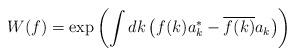
LaTeX: \begin{align*}W(f) = \exp \left( \int dk \, \big( f(k) a^*_k - \overline{f(k)} a_k \big) \right)\end{align*}